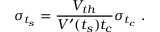
\sigma _ { t _ { s } } = \frac { V _ { t h } } { V ^ { \prime } ( t _ { s } ) t _ { c } } \sigma _ { t _ { c } } ~ .